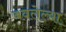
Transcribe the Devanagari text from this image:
बवलेल्या